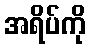
အရိပ်ကို